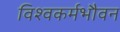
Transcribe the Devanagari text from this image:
विश्वकर्मभौवन